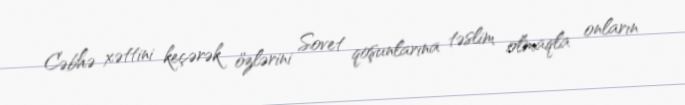
Cəbhə xəttini keçərək özlərini Sovet qoşunlarına təslim olmaqla onların